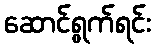
ဆောင်ရွက်ရင်း